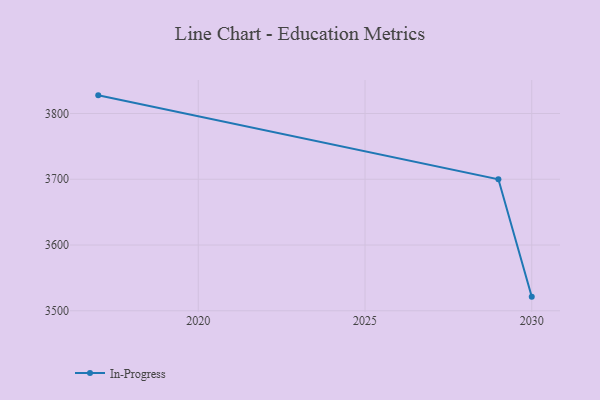
{"axis": {"x": "Year", "y": "Page Views"}, "legend": ["In-Progress"], "data": [{"x": "2017", "y": 3827.6, "type": "In-Progress"}, {"x": "2029", "y": 3699.9, "type": "In-Progress"}, {"x": "2030", "y": 3521.5, "type": "In-Progress"}]}